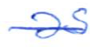
Text: as
Cross-out: single-line
Writing tool: ballpoint